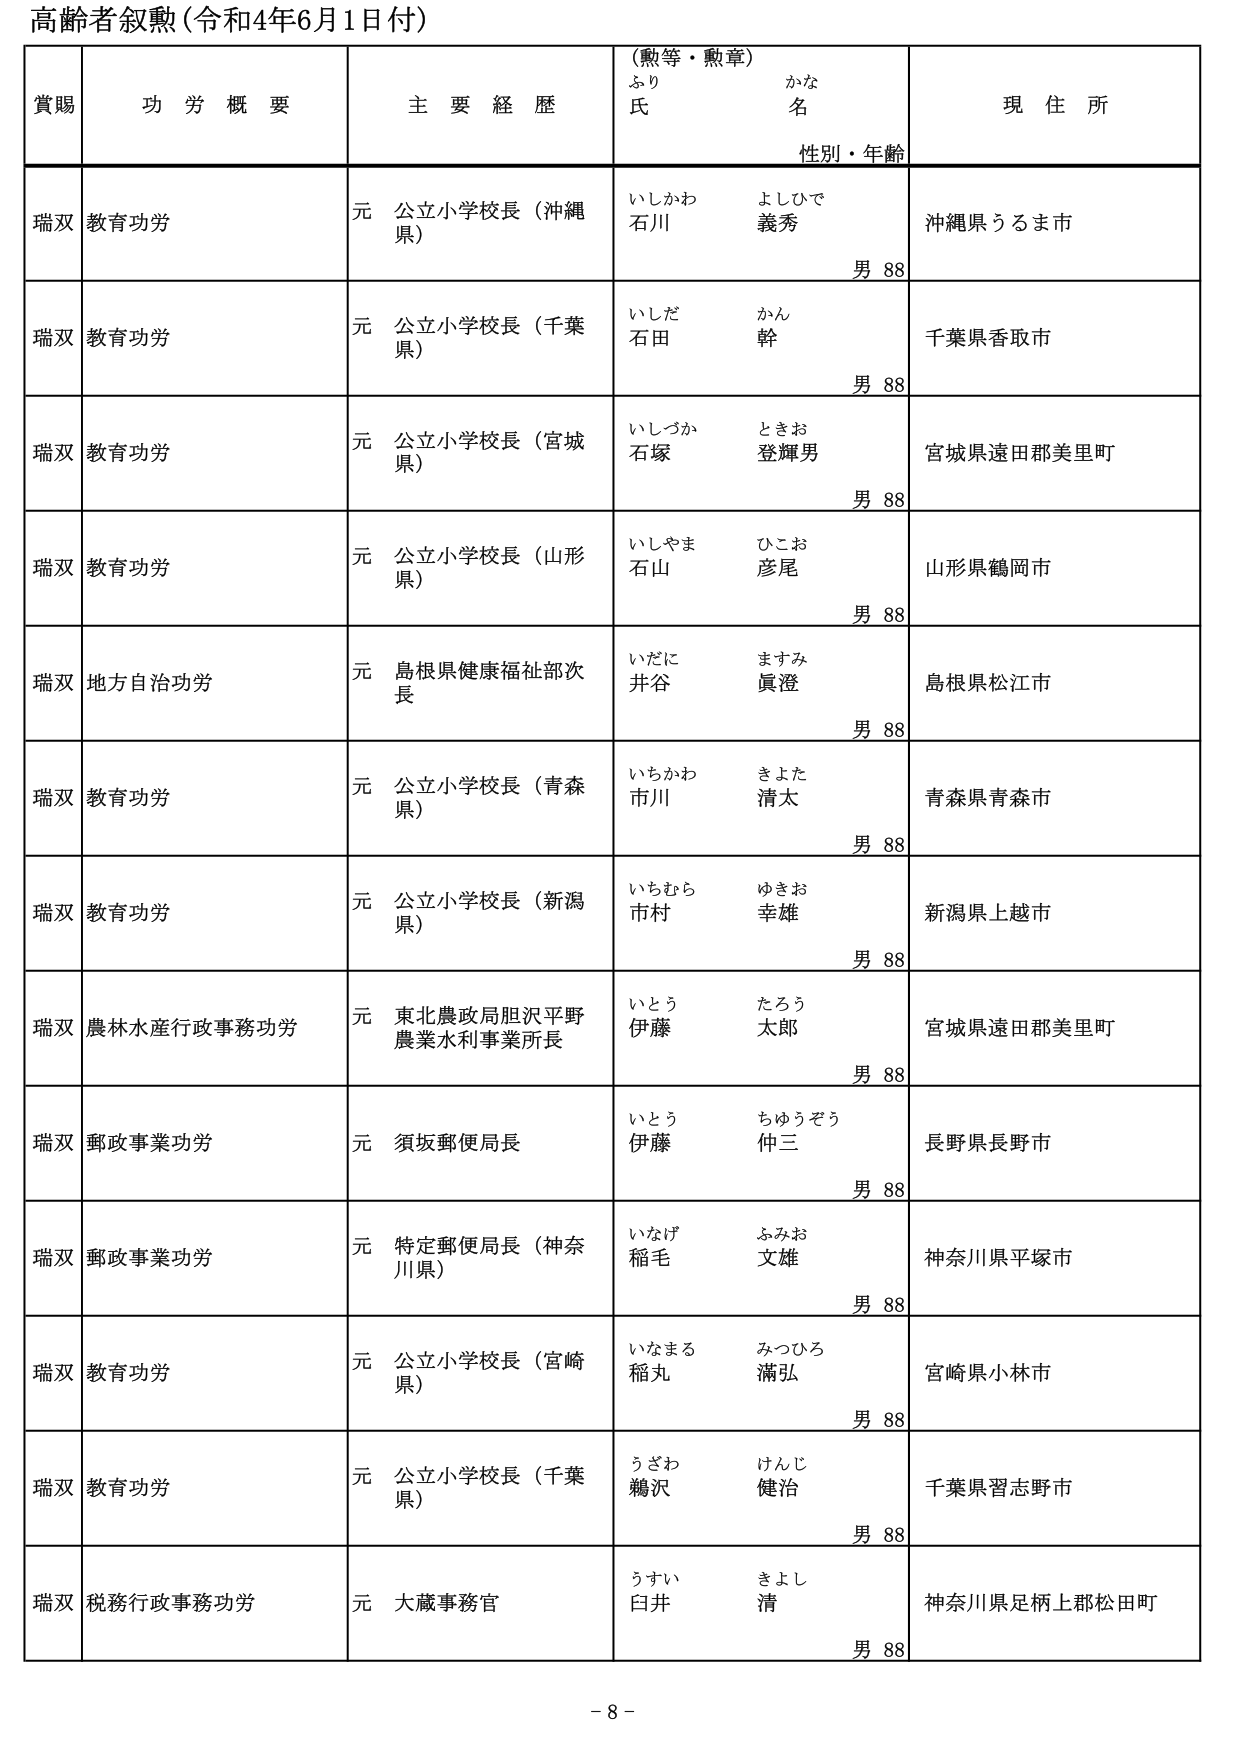
高齢者叙勲（令和4年6月1日付）

賞賜　　功労概要　　主要経歴　　（勲等・勲章）　　現住所
　　　　　　　　　　　　　　ふり　　かな
　　　　　　　　　　　　　　氏　　名
　　　　　　　　　　　　　　性別・年齢

瑞双　教育功労　　元 公立小学校長（沖縄県）　　いしかわ　よしひで　　沖縄県うるま市
　　　　　　　　　　　　　　　　　　　　　　　石川　義秀　　　　　　男 88

瑞双　教育功労　　元 公立小学校長（千葉県）　　いしだ　かん　　　　千葉県香取市
　　　　　　　　　　　　　　　　　　　　　　　石田　幹　　　　　　男 88

瑞双　教育功労　　元 公立小学校長（宮城県）　　いしづか　ときお　　宮城県遠田郡美里町
　　　　　　　　　　　　　　　　　　　　　　　石塚　登輝男　　　　男 88

瑞双　教育功労　　元 公立小学校長（山形県）　　いしやま　ひこお　　山形県鶴岡市
　　　　　　　　　　　　　　　　　　　　　　　石山　彦尾　　　　　男 88

瑞双　地方自治功労　　元 島根県健康福祉部次長　　いだに　ますみ　　島根県松江市
　　　　　　　　　　　　　　　　　　　　　　　井谷　眞澄　　　　　男 88

瑞双　教育功労　　元 公立小学校長（青森県）　　いちかわ　きよた　　青森県青森市
　　　　　　　　　　　　　　　　　　　　　　　市川　清太　　　　　男 88

瑞双　教育功労　　元 公立小学校長（新潟県）　　いちむら　ゆきお　　新潟県上越市
　　　　　　　　　　　　　　　　　　　　　　　市村　幸雄　　　　　男 88

瑞双　農林水産行政事務功労　　元 東北農政局胆沢平野農業水利事業所長　　いとう　たろう　　宮城県遠田郡美里町
　　　　　　　　　　　　　　　　　　　　　　　　　　　　　　　　　伊藤　太郎　　　男 88

瑞双　郵政事業功労　　元 須坂郵便局長　　いとう　ちゅうぞう　　長野県長野市
　　　　　　　　　　　　　　　　　　　　　伊藤　仲三　　　　　　男 88

瑞双　郵政事業功労　　元 特定郵便局長（神奈川県）　　いなげ　ふみお　　神奈川県平塚市
　　　　　　　　　　　　　　　　　　　　　　　　　　稲毛　文雄　　　男 88

瑞双　教育功労　　元 公立小学校長（宮崎県）　　いなまる　みつひろ　　宮崎県小林市
　　　　　　　　　　　　　　　　　　　　　　　稲丸　満弘　　　　　男 88

瑞双　教育功労　　元 公立小学校長（千葉県）　　うざわ　けんじ　　千葉県習志野市
　　　　　　　　　　　　　　　　　　　　　　　鵜沢　健治　　　　男 88

瑞双　税務行政事務功労　　元 大蔵事務官　　うすい　きよし　　神奈川県足柄上郡松田町
　　　　　　　　　　　　　　　　　　　　　臼井　清　　　　　　男 88

- 8 -